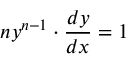
n y ^ { n - 1 } \cdot { \frac { d y } { d x } } = 1